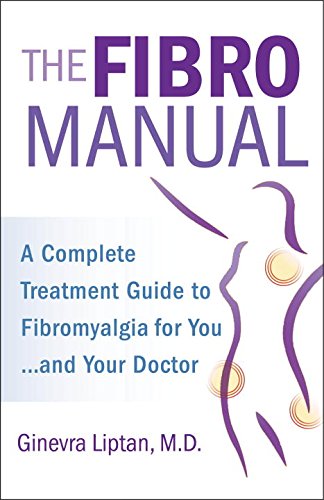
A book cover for The FibroManual: A Complete Fibromyalgia Treatment Guide for You-and Your Doctor; Ginevra Liptan; Health, Fitness & Dieting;